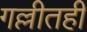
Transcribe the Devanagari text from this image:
गल्लीतही